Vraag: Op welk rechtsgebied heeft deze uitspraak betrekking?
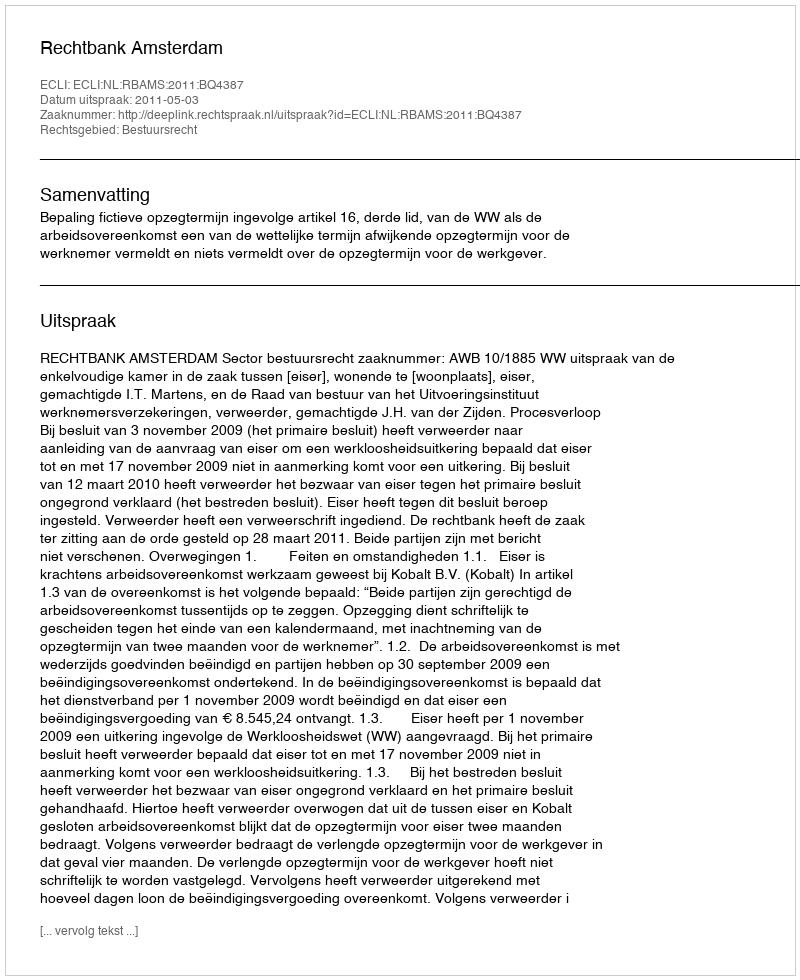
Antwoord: Bestuursrecht